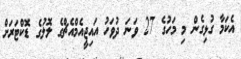
އެކަމާ ގުޅިގެން މި މަހުގެ 27 ވަނަ ދުވަހު އައިޖީއެމްއެޗްގެ ލޮލުގެ ޑޮކްޓަރަށް